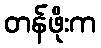
တန်ဖိုးက